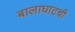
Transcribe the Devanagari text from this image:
बालाघाटची